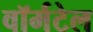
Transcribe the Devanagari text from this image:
वॉर्मटेल